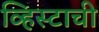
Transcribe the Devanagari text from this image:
व्हिस्टाची